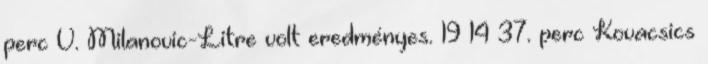
perc V. Milanovic-Litre volt eredményes. 19–14 37. perc Kovacsics